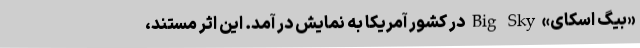
«بیگ اسکای» Big Sky در کشور آمریکا به نمایش در آمد. این اثر مستند،